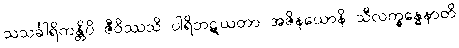
သသင်္ခါရိကန္တိပိ ဇီဝိဿသိ ပါရိဘဋယတာ အဇိနယောနိ သီလက္ခန္ဓေနာတိ